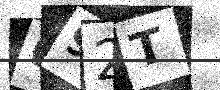
Text: 092T